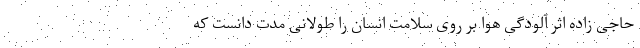
حاجی زاده اثر آلودگی هوا بر روی سلامت انسان را طولانی مدت دانست که